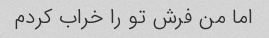
اما من فرش تو را خراب کردم